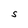
Character: S